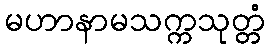
မဟာနာမသက္ကသုတ္တံ